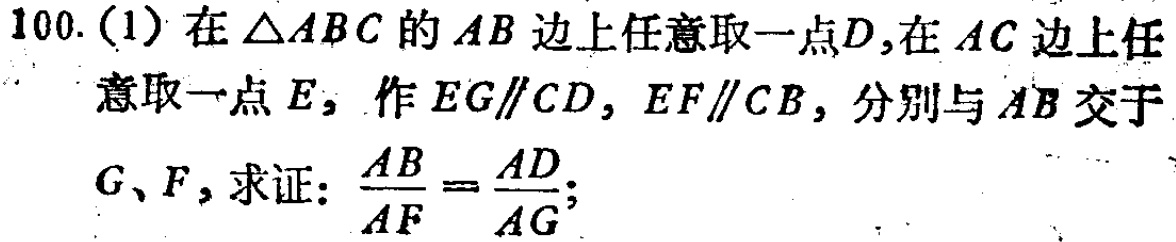
100. (1) 在\(\triangle ABC\)的\(AB\)边上任意取一点\(D\)，在\(AC\)边上任意取一点\(E\)，作\(EG\parallel CD\)，\(EF\parallel CB\)，分别与\(AB\)交于\(G\)、\(F\)，求证：\(\frac{AB}{AF}=\frac{AD}{AG}\)；